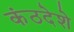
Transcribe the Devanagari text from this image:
कंठदेशे